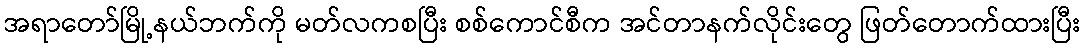
အရာတော်မြို့နယ်ဘက်ကို မတ်လကစပြီး စစ်ကောင်စီက အင်တာနက်လိုင်းတွေ ဖြတ်တောက်ထားပြီး